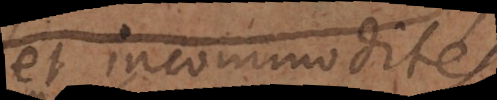
et incommodités,